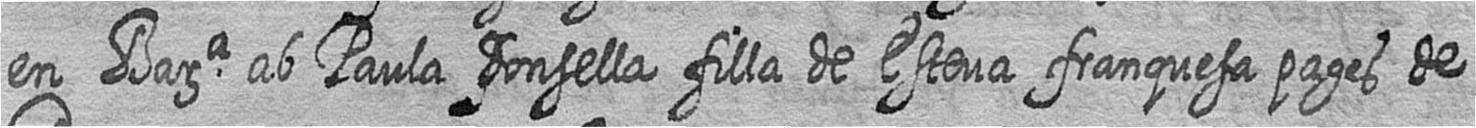
en Bara ab Paula donsella filla de Esteva franquesa pages de